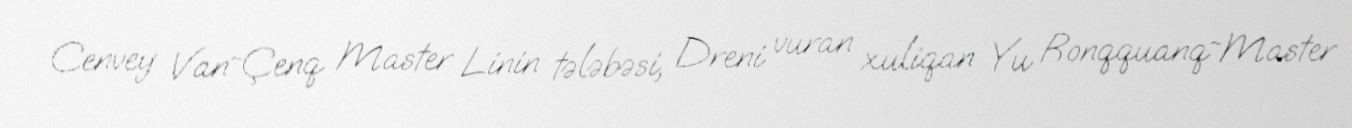
Cenvey Van~Çenq Master Linin tələbəsi, Dreni vuran xuliqan Yu Ronqquanq~Master